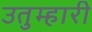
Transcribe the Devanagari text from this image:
उतुम्हारी